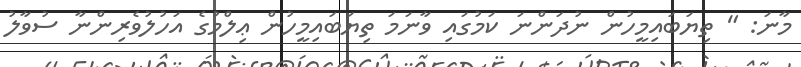
މާނަ: " ތިޔަބައިމީހުން ނުދަންނަ ކަމުގައި ވާނަމަ ތިޔަބައިމީހުން ޢިލްމުގެ އަހުލުވެރިންނާ ސުވާލު